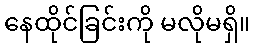
နေထိုင်ခြင်းကို မလိုမရှိ။